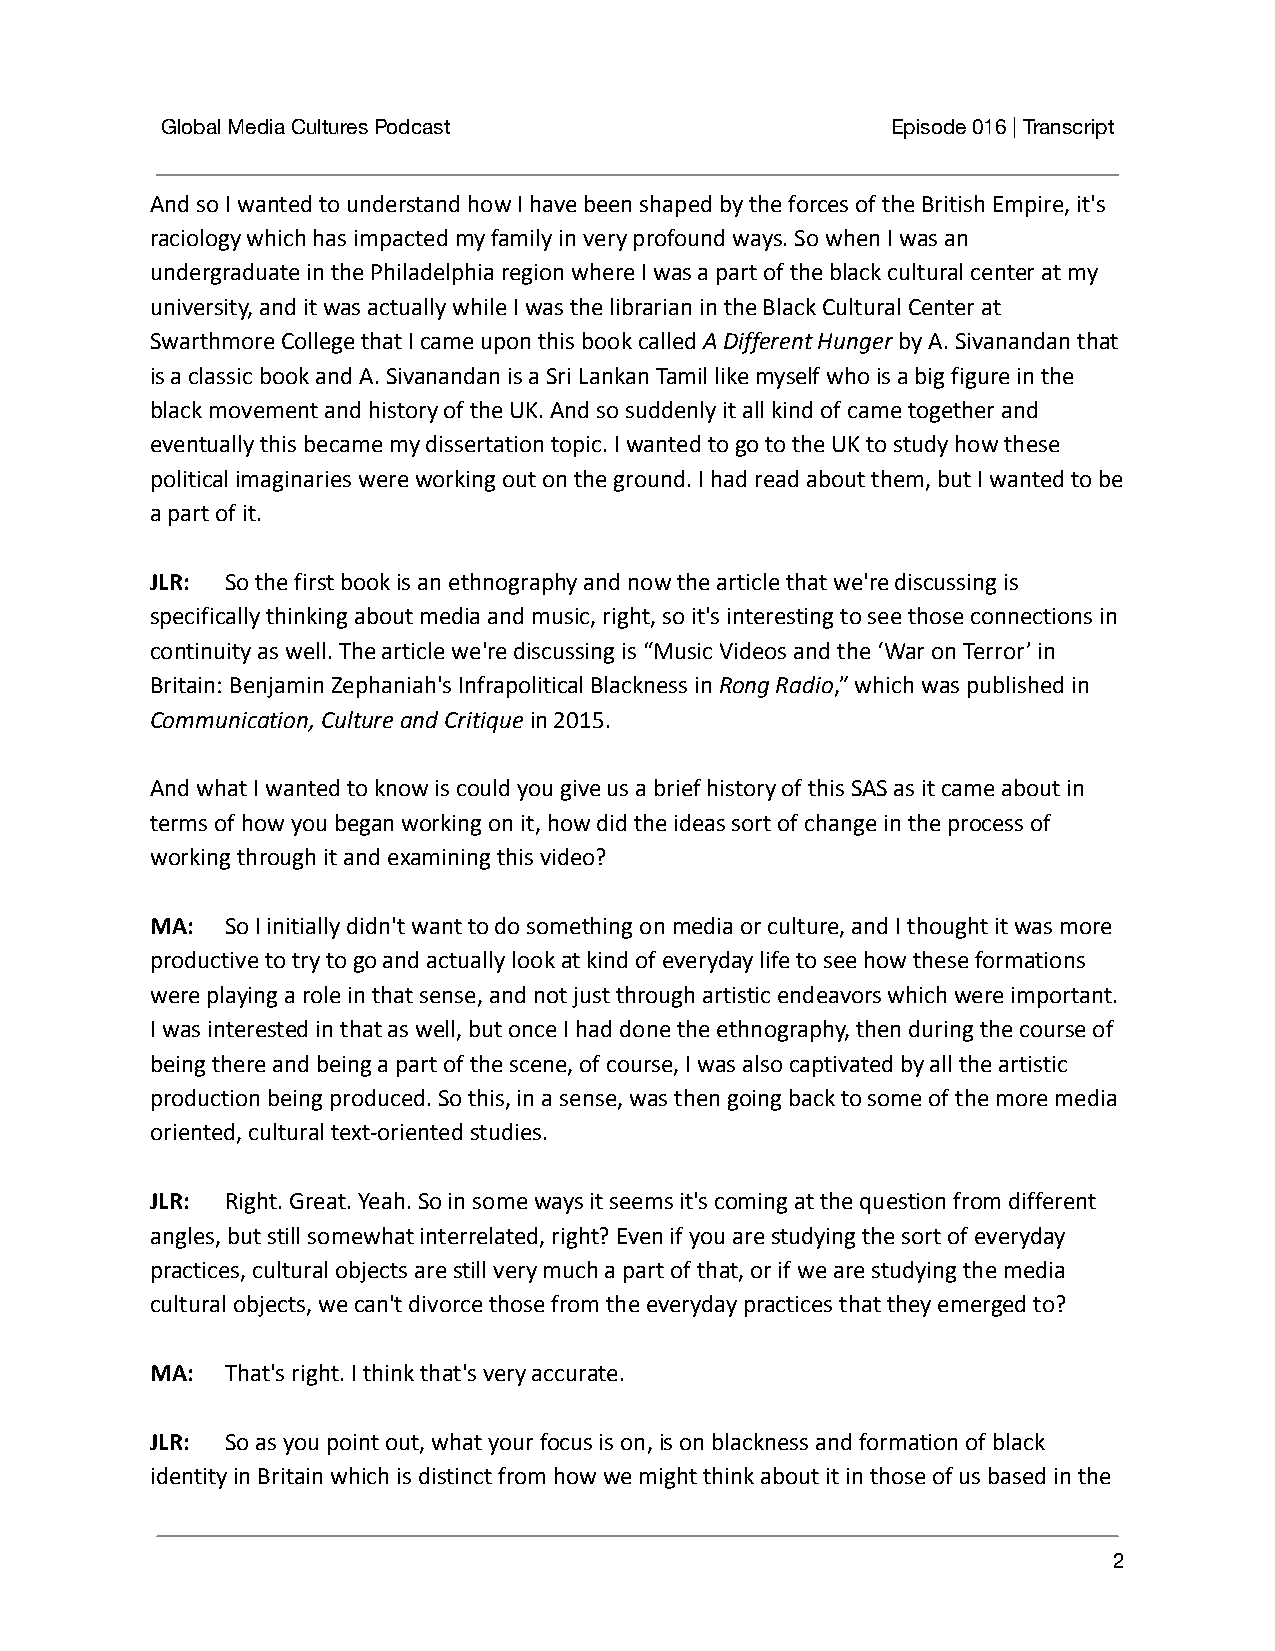
Global Media Cultures Podcast                   Episode 016 | Transcript
 And so I wanted to understand how I have been shaped by the forces of the British Empire, it's
 raciology which has impacted my family in very profound ways. So when I was an
 undergraduate in the Philadelphia region where I was a part of the black cultural center at my
 university, and it was actually while I was the librarian in the Black Cultural Center at
 Swarthmore College that I came upon this book calledA Different Hungerby A. Sivanandan that
 is a classic book and A. Sivanandan is a Sri Lankan Tamil like myself who is a big figure in the
 black movement and history of the UK. And so suddenly it all kind of came together and
 eventually this became my dissertation topic. I wanted to go to the UK to study how these
 political imaginaries were working out on the ground. I had read about them, but I wanted to be
 a part of it.
 JLR: So the first book is an ethnography and nowthe article that we're discussing is
 specifically thinking about media and music, right, so it's interesting to see those connections in
 continuity as well. The article we're discussing is “Music Videos and the ‘War on Terror’ in
 Britain: Benjamin Zephaniah's Infrapolitical Blackness inRong Radio,” which was published in
 Communication, Culture and Critiquein 2015.
 And what I wanted to know is could you give us a brief history of this SAS as it came about in
 terms of how you began working on it, how did the ideas sort of change in the process of
 working through it and examining this video?
 MA:  So I initially didn't want to do something onmedia or culture, and I thought it was more
 productive to try to go and actually look at kind of everyday life to see how these formations
 were playing a role in that sense, and not just through artistic endeavors which were important.
 I was interested in that as well, but once I had done the ethnography, then during the course of
 being there and being a part of the scene, of course, I was also captivated by all the artistic
 production being produced. So this, in a sense, was then going back to some of the more media
 oriented, cultural text-oriented studies.
 JLR: Right. Great. Yeah. So in some ways it seemsit's coming at the question from different
 angles, but still somewhat interrelated, right? Even if you are studying the sort of everyday
 practices, cultural objects are still very much a part of that, or if we are studying the media
 cultural objects, we can't divorce those from the everyday practices that they emerged to?
 MA:  That's right. I think that's very accurate.
 JLR: So as you point out, what your focus is on,is on blackness and formation of black
 identity in Britain which is distinct from how we might think about it in those of us based in the
 2